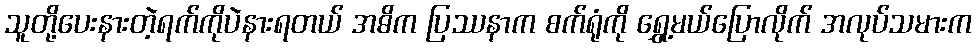
သူတို့ပေးနားတဲ့ရက်ကိုပဲနားရတယ် အဓိက ပြဿနာက စက်ရုံကို ရွှေ့မယ်ပြောလိုက် အလုပ်သမားက